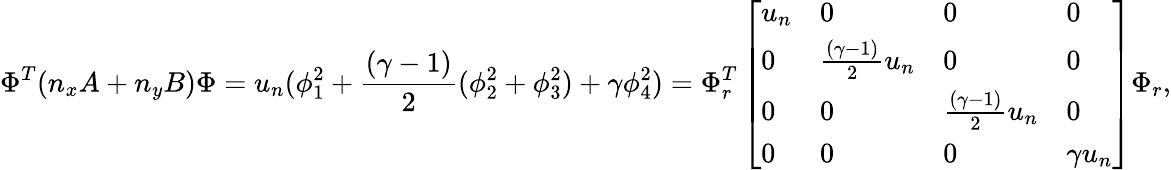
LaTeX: \Phi^{T}(n_{x}A+n_{y}B)\Phi=u_{n}(\phi_{1}^{2}+\frac{(\gamma-1)}{2}(\phi_{2}^{2}+\phi_{3}^{2})+\gamma\phi_{4}^{2})=\Phi_{r}^{T}\left[\begin{array}{llll}{u_{n}}&{0}&{0}&{0}\\ {0}&{\frac{(\gamma-1)}{2}u_{n}}&{0}&{0}\\ {0}&{0}&{\frac{(\gamma-1)}{2}u_{n}}&{0}\\ {0}&{0}&{0}&{\gamma u_{n}}\end{array}\right]\Phi_{r},